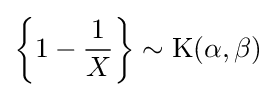
\left\{1-{\frac {1}{X}}\right\}\sim {\textrm {K}}(\alpha ,\beta )